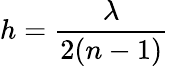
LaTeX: h=\frac{\lambda}{2(n-1)}